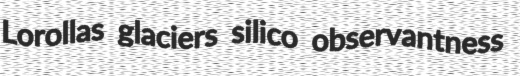
Lorollas glaciers silico observantness